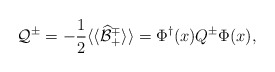
\begin{align*}{\cal Q}^\pm= - \frac{1}{2}\langle\langle \widehat{\cal B}^\mp_+ \rangle\rangle= \Phi^\dagger(x) Q^\pm \Phi(x),\end{align*}